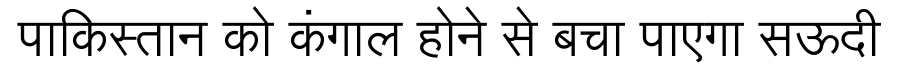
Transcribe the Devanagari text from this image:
पाकिस्तान को कंगाल होने से बचा पाएगा सऊदी